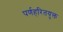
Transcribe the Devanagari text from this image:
पर्णहरितयुक्त